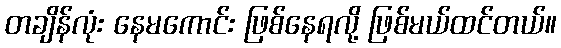
တချိန်လုံး နေမကောင်း ဖြစ်နေရလို့ ဖြစ်မယ်ထင်တယ်။